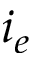
i _ { e }